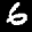
Label: 6